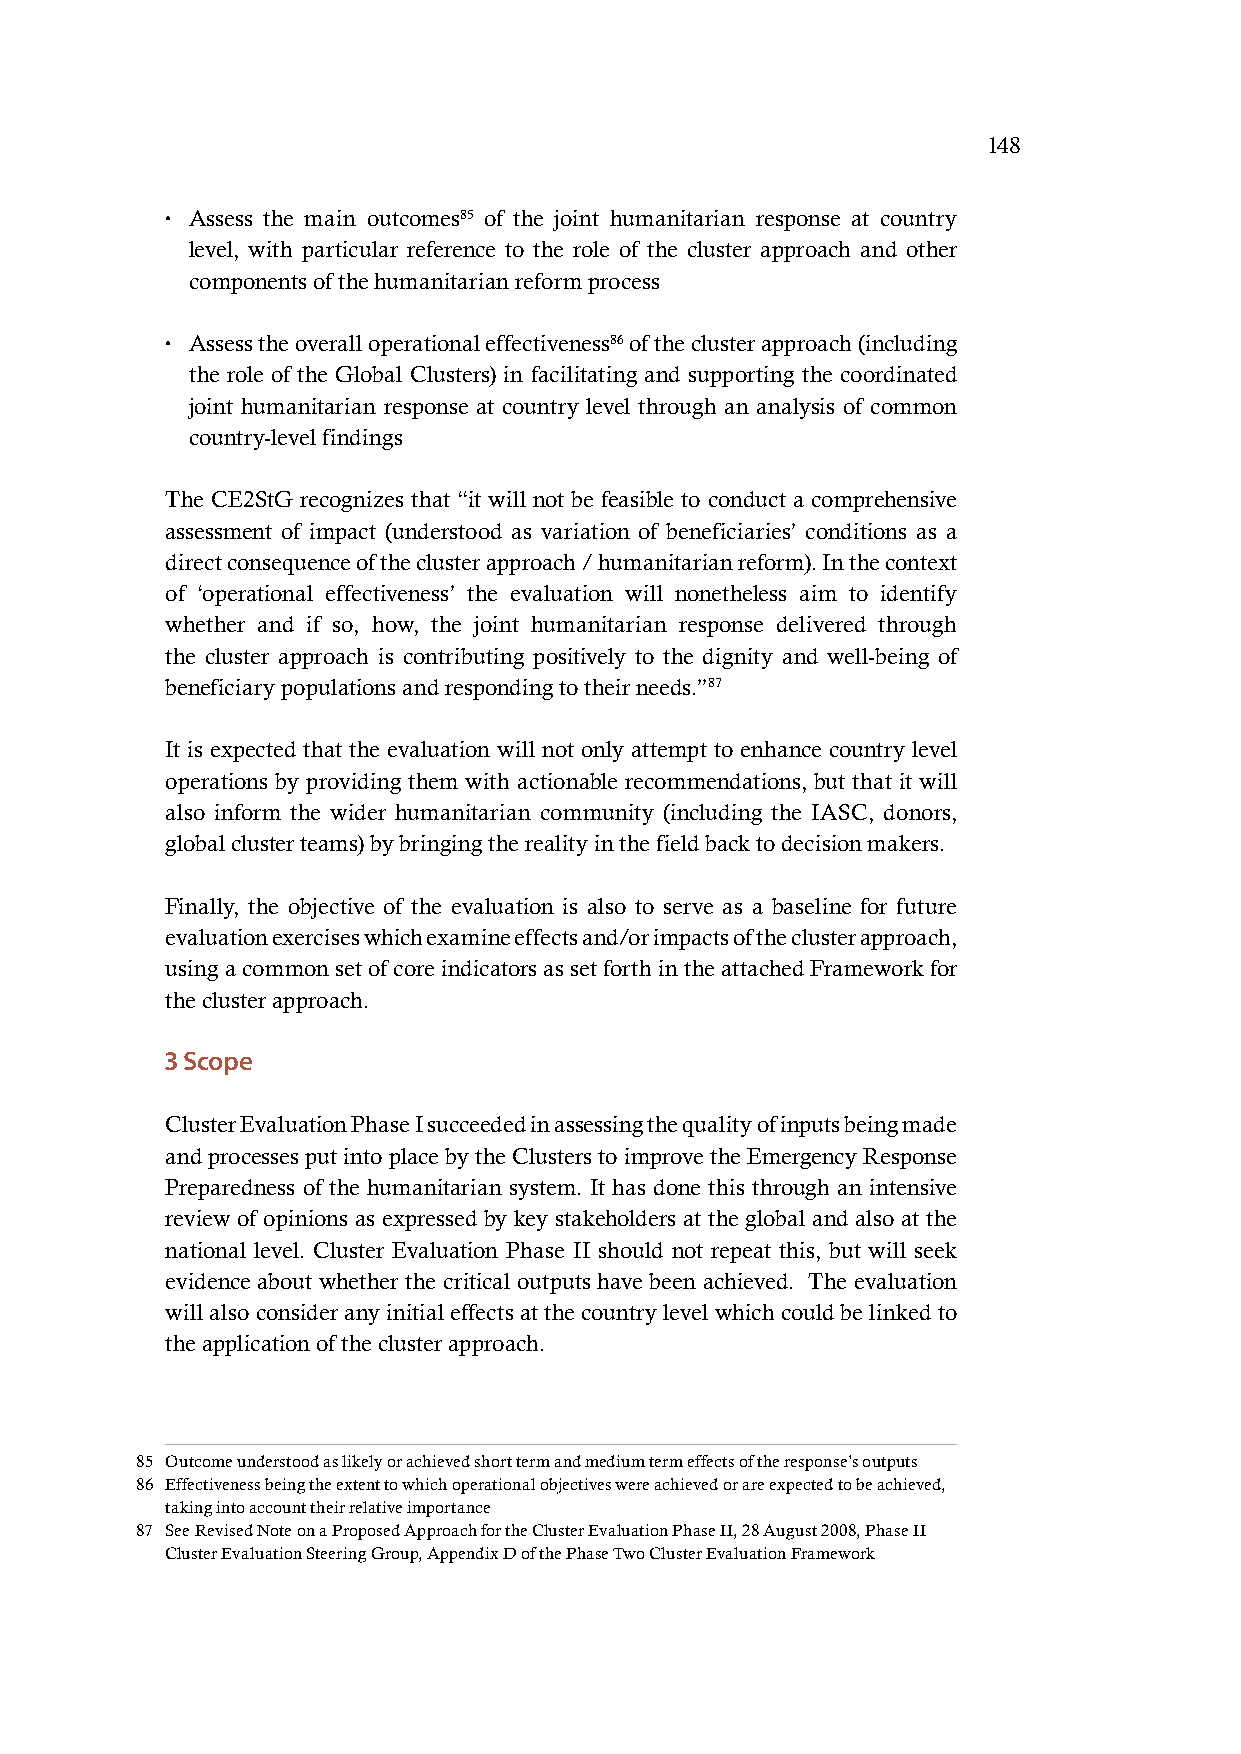
148
 • Assess the main outcomes85 of the joint humanitarian response at country
 level, with particular reference to the role of the cluster approach and other
 components of the humanitarian reform process
 • Assess the overall operational effectiveness86 of the cluster approach (including
 the role of the Global Clusters) in facilitating and supporting the coordinated
 joint humanitarian response at country level through an analysis of common
 country-level findings
 The CE2StG recognizes that “it will not be feasible to conduct a comprehensive
 assessment of impact (understood as variation of beneficiaries’ conditions as a
 direct consequence of the cluster approach / humanitarian reform). In the context
 of ‘operational effectiveness’ the evaluation will nonetheless aim to identify
 whether and if so, how, the joint humanitarian response delivered through
 the cluster approach is contributing positively to the dignity and well-being of
 beneficiary populations and responding to their needs.”87
 It is expected that the evaluation will not only attempt to enhance country level
 operations by providing them with actionable recommendations, but that it will
 also inform the wider humanitarian community (including the IASC, donors,
 global cluster teams) by bringing the reality in the field back to decision makers.
 Finally, the objective of the evaluation is also to serve as a baseline for future
 evaluation exercises which examine effects and/or impacts of the cluster approach,
 using a common set of core indicators as set forth in the attached Framework for
 the cluster approach.
 3 Scope
 Cluster Evaluation Phase I succeeded in assessing the quality of inputs being made
 and processes put into place by the Clusters to improve the Emergency Response
 Preparedness of the humanitarian system. It has done this through an intensive
 review of opinions as expressed by key stakeholders at the global and also at the
 national level. Cluster Evaluation Phase II should not repeat this, but will seek
 evidence about whether the critical outputs have been achieved. The evaluation
 will also consider any initial effects at the country level which could be linked to
 the application of the cluster approach.
 85 Outcome understood as likely or achieved short term and medium term effects of the response’s outputs
 86 Effectiveness being the extent to which operational objectives were achieved or are expected to be achieved,
 taking into account their relative importance
 87 See Revised Note on a Proposed Approach for the Cluster Evaluation Phase II, 28 August 2008, Phase II
 Cluster Evaluation Steering Group, Appendix D of the Phase Two Cluster Evaluation Framework